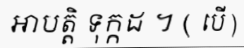
អាបត្តិ ទុក្កដ ។ ( បើ )